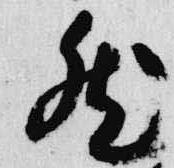
然